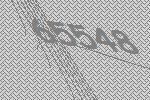
65548